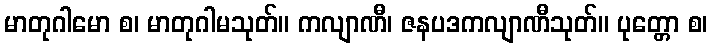
မာတုဂါမော စ၊ မာတုဂါမသုတ်။ ကလျာဏီ၊ ဇနပဒကလျာဏီသုတ်။ ပုတ္တော စ၊